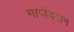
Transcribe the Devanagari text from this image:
माजंदरान